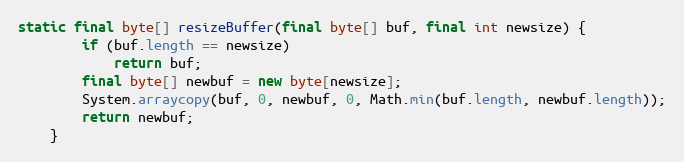
Language: Java
static final byte[] resizeBuffer(final byte[] buf, final int newsize) {
		if (buf.length == newsize)
			return buf;
		final byte[] newbuf = new byte[newsize];
		System.arraycopy(buf, 0, newbuf, 0, Math.min(buf.length, newbuf.length));
		return newbuf;
	}